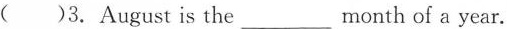
( )3.August is the ___ month of a year.